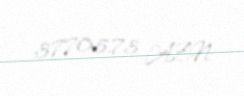
37705,73 AZN